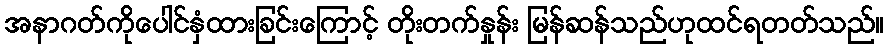
အနာဂတ်ကိုပေါင်နှံထားခြင်းကြောင့် တိုးတက်နှုန်း မြန်ဆန်သည်ဟုထင်ရတတ်သည်။